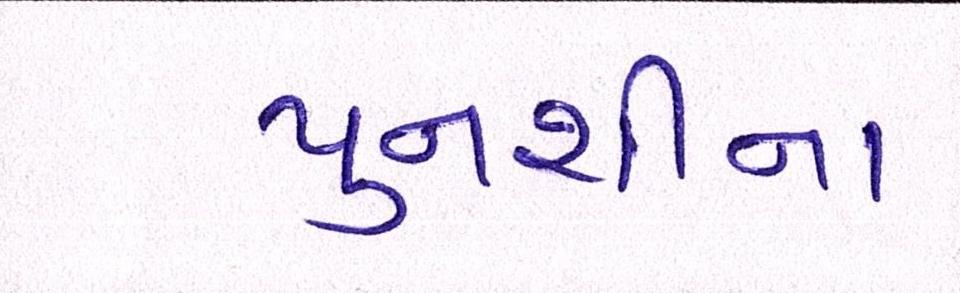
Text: પુનશીના